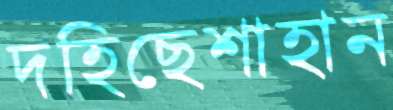
দহিছেশাহান